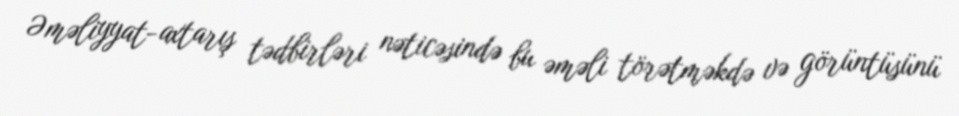
Əməliyyat-axtarış tədbirləri nəticəsində bu əməli törətməkdə və görüntüsünü